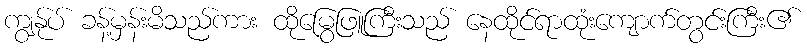
ကျွနု်ပ် ခန့်မှန်းမိသည်ကား ထိုမြွေဖြူကြီးသည် နေထိုင်ရာထုံးကျောက်တွင်းကြီး၏